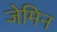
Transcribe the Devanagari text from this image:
जेमिन